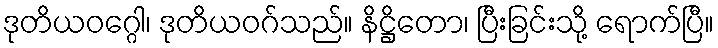
ဒုတိယဝဂ္ဂေါ၊ ဒုတိယဝဂ်သည်။ နိဋ္ဌိတော၊ ပြီးခြင်းသို့ ရောက်ပြီ။